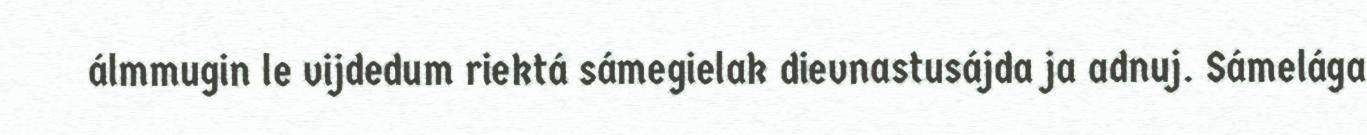
álmmugin le vijdedum riektá sámegielak dievnastusájda ja adnuj. Sámelága